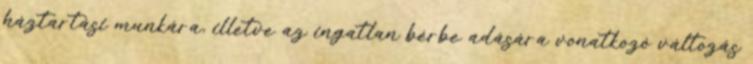
háztartási munkára, illetve az ingatlan bérbe adására vonatkozó változás